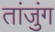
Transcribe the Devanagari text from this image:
तांजुंग